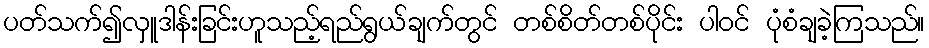
ပတ်သက်၍လှူဒါန်းခြင်းဟူသည့်ရည်ရွယ်ချက်တွင် တစ်စိတ်တစ်ပိုင်း ပါဝင် ပုံစံချခဲ့ကြသည်။